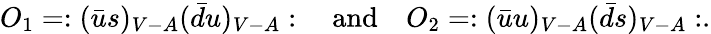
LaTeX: O_{1}=:(\bar{u}s)_{V-A}(\bar{d}u)_{V-A}:\quad\mathrm{and}\quad O_{2}=:(\bar{u}u)_{V-A}(\bar{d}s)_{V-A}:.